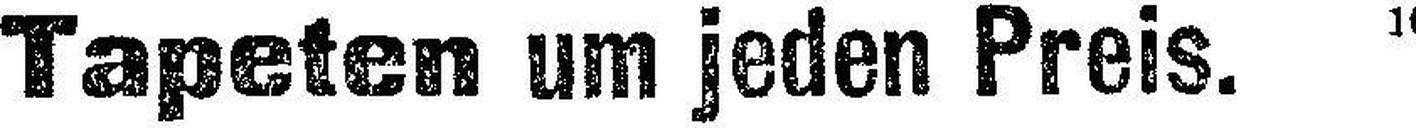
Tapeten um jeden Preis.